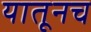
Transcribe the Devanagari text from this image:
यातूनच